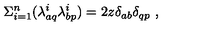
\Sigma _ { i = 1 } ^ { n } ( \lambda _ { a q } ^ { i } \lambda _ { b p } ^ { i } ) = 2 z \delta _ { a b } \delta _ { q p } \ ,